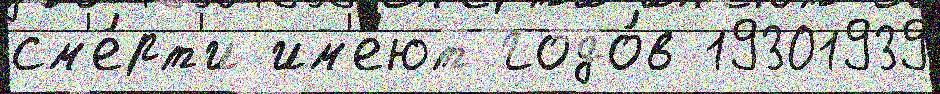
см'е́рт'и им'е́ют годо́в 19301939